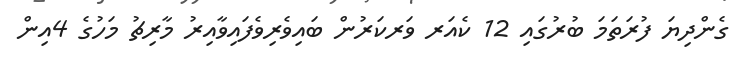
ގެންދިޔަ ފުރަތަމަ ބުރުގައި 12 ކެއަރ ވަރކަރުން ބައިވެރިވެފައިވާއިރު މާރިޗު މަހުގެ 4އިން